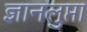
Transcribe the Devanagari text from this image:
ज्ञानलुप्ता